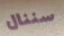
سننال